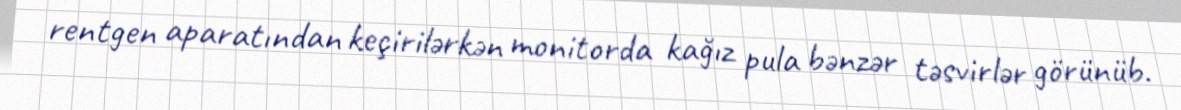
rentgen aparatından keçirilərkən monitorda kağız pula bənzər təsvirlər görünüb.